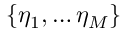
\{ \eta _ { 1 } , \hdots \eta _ { M } \}